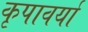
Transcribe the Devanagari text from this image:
कृपावर्या